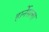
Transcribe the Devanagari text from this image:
हार्नेसला